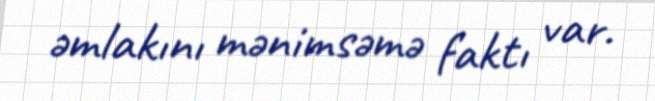
əmlakını mənimsəmə faktı var.